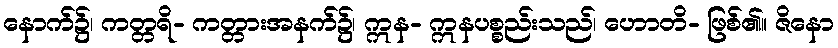
နောက်၌၊ ကတ္တရိ- ကတ္တားအနက်၌၊ ဣန- ဣနပစ္စည်းသည်၊ ဟောတိ- ဖြစ်၏။ ဇိနော